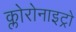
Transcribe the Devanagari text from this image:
क्लोरोनाइट्रो